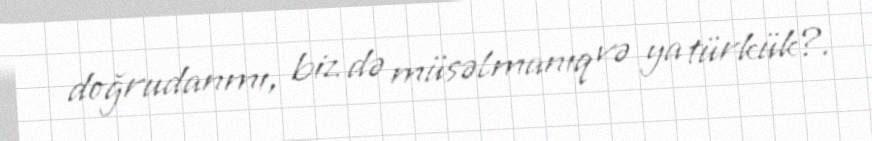
doğrudanmı, biz də müsəlmanıq və ya türkük?.